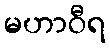
မဟာဝီရ